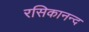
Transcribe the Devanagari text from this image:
रसिकानन्द